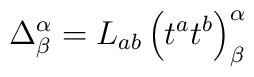
\Delta^\alpha_\beta=L_{ab}\left(t^at^b\right)^\alpha_\beta